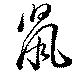
鼠